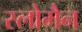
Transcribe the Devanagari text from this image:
स्लोमैन